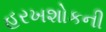
હરખશોકની